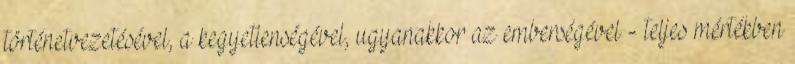
történetvezetésével, a kegyetlenségével, ugyanakkor az emberségével - teljes mértékben